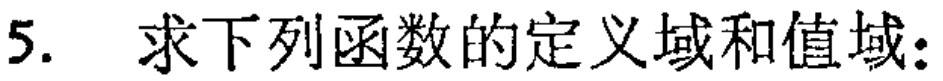
5. 求下列函数的定义域和值域：